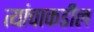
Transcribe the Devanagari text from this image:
त्यांचाकडील